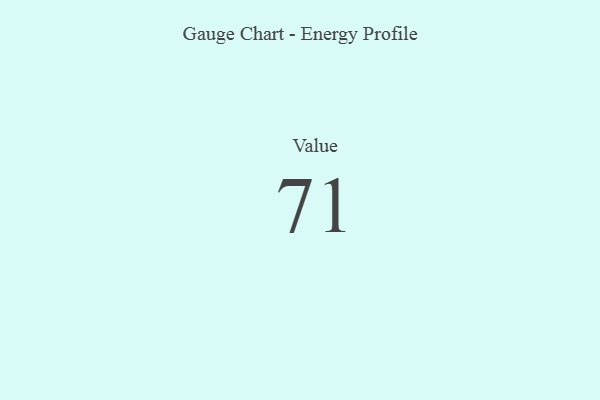
{"axis": {"x": "Metric", "y": "Value"}, "legend": [""], "data": [{"x": "Value", "y": 71, "type": ""}]}